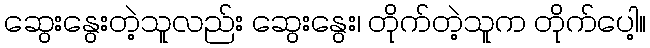
ဆွေးနွေးတဲ့သူလည်း ဆွေးနွေး၊ တိုက်တဲ့သူက တိုက်ပေါ့။